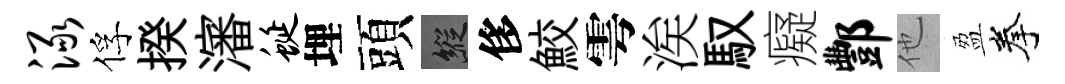
渌俘揆瀋蜒埋頭縱侈鮫雩涘馭癡酆他盈拳